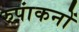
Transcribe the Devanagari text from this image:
रुपांकनों